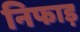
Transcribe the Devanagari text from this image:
निफाड़